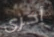
أخرى